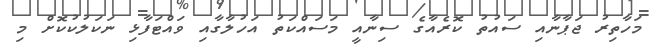
މަހާތިރު ޖަޕާނާއި ސައުތު ކޮރެއާގެ ސިނާއީ މަސައްކަތު އަހުލާގާއި ވައްޓަފާޅި ނަކަލުކުކޮށް މި